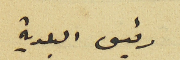
رئيس البلدية